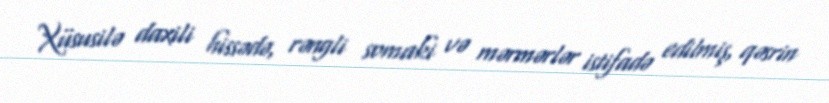
Xüsusilə daxili hissədə, rəngli somaki və mərmərlər istifadə edilmiş, qəsrin